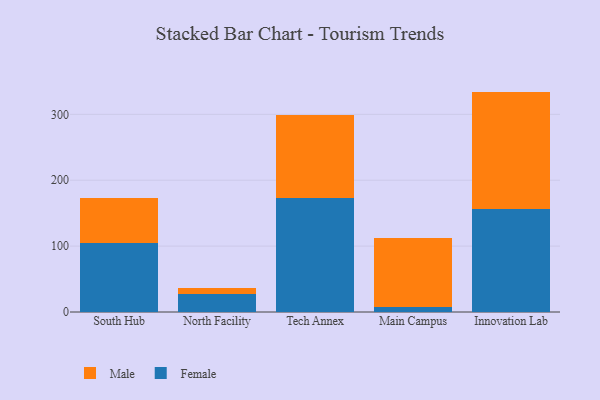
{"axis": {"x": "Campus", "y": "Bounce Rate (%)"}, "legend": ["Female", "Male"], "data": [{"x": "South Hub", "y": 104.7, "type": "Female"}, {"x": "South Hub", "y": 67.9, "type": "Male"}, {"x": "North Facility", "y": 27.4, "type": "Female"}, {"x": "North Facility", "y": 8.6, "type": "Male"}, {"x": "Tech Annex", "y": 172.9, "type": "Female"}, {"x": "Tech Annex", "y": 126.1, "type": "Male"}, {"x": "Main Campus", "y": 7.9, "type": "Female"}, {"x": "Main Campus", "y": 104.3, "type": "Male"}, {"x": "Innovation Lab", "y": 156.2, "type": "Female"}, {"x": "Innovation Lab", "y": 178.3, "type": "Male"}]}